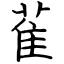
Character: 雈